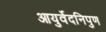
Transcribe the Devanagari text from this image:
आयुर्वेदनिपुण